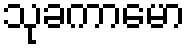
သုခကာမော